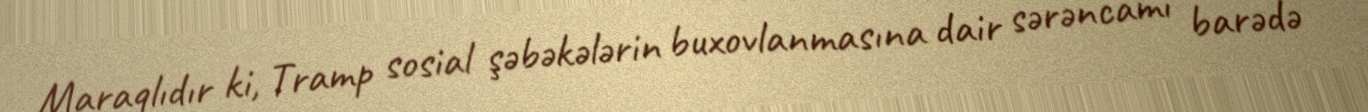
Maraqlıdır ki, Tramp sosial şəbəkələrin buxovlanmasına dair sərəncamı barədə